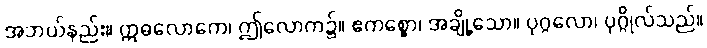
အဘယ်နည်း။ ဣဓလောကေ၊ ဤလောက၌။ ဧကစ္စော၊ အချို့သော။ ပုဂ္ဂလော၊ ပုဂ္ဂိုလ်သည်။